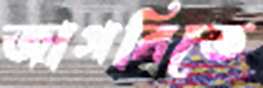
জাগরিতে